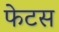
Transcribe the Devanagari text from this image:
फेटस